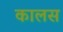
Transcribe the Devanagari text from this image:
कालस